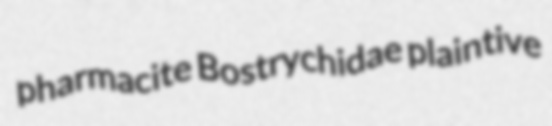
pharmacite Bostrychidae plaintive